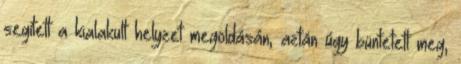
segített a kialakult helyzet megoldásán, aztán úgy büntetett meg,